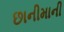
છાનીમાની